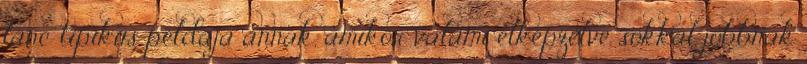
lánc tipikus példája annak, amikor valami elképzelve sokkal jobbnak